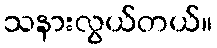
သနားလွယ်တယ်။